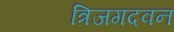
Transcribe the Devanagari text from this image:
त्रिजगदवन